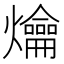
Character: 爚